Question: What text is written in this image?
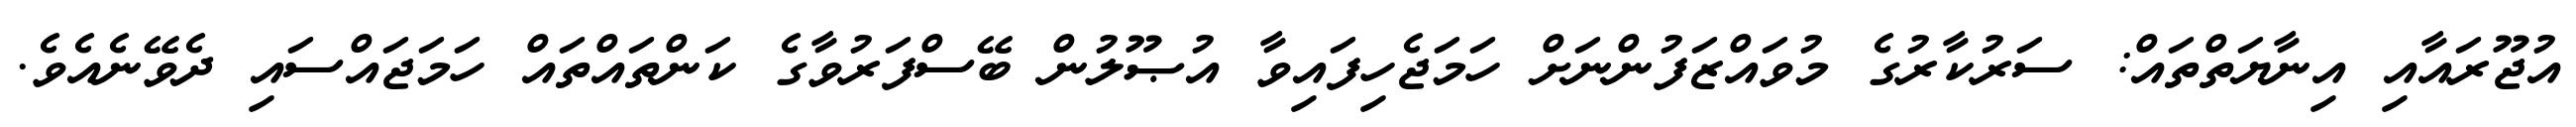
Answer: އުޖޫރައާއި އިނާޔަތްތައް: ސަރުކާރުގެ މުވައްޒަފުންނަށް ހަމަޖެހިފައިވާ އުޞޫލުން ބޭސްފަރުވާގެ ކަންތައްތައް ހަމަޖައްސައި ދެވޭނެއެވެ.